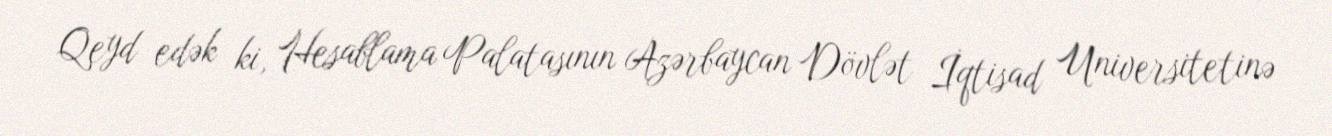
Qeyd edək ki, Hesablama Palatasının Azərbaycan Dövlət İqtisad Universitetinə